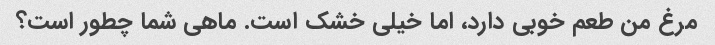
مرغ من طعم خوبی دارد، اما خیلی خشک است. ماهی شما چطور است؟